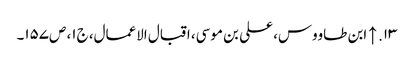
۱۳. ↑ ابن طاووس، علی بن موسی، اقبال الاعمال، ج‌۱، ص‌۱۵۷۔